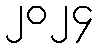
၂၀၂၄